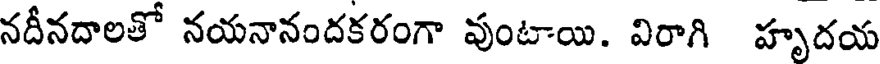
నదీనదాలతో నయనానందకరంగా వుంటాయి. విరాగి హృదయ